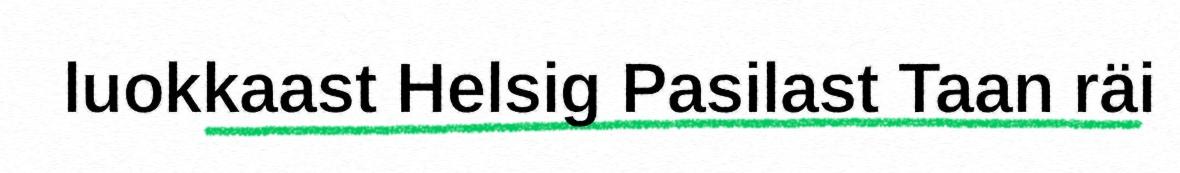
luokkaast Helsig Pasilast Taan räi